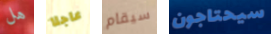
هل عاجلا سيقام سيحتاجون